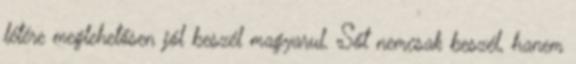
létére meglehetősen jól beszél magyarul. Sőt nemcsak beszél, hanem